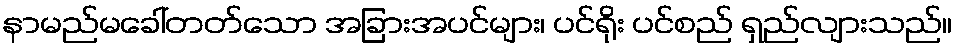
နာမည်မခေါ်တတ်သော အခြားအပင်များ၊ ပင်ရိုး ပင်စည် ရှည်လျားသည်။